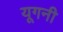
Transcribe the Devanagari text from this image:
यूगनी